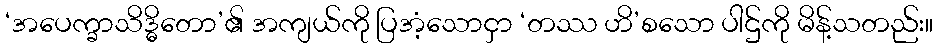
‘အပေက္ခာသိဒ္ဓိတော’၏ အကျယ်ကို ပြအံ့သောငှာ ‘တဿ ဟိ’စသော ပါဌ်ကို မိန့်သတည်း။